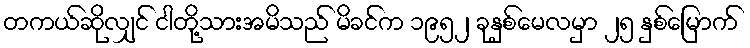
တကယ်ဆိုလျှင် ငါတို့သားအမိသည် မိခင်က ၁၉၅၂ ခုနှစ်မေလမှာ ၂၅ နှစ်မြောက်